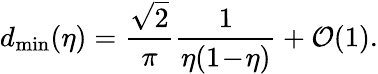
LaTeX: d_{\operatorname*{min}}(\eta)=\frac{\sqrt{2}}{\pi}\frac{1}{\eta(1\! -\! \eta)}+\mathcal{O}(1).